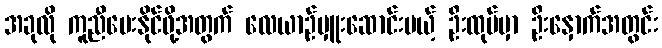
အခုလို ကူညီပေးနိုင်ဖို့အတွက် လေယာဉ်မှူးဆောင်းမယ့် ဦးထုပ်မှာ ဦးနှောက်အတွင်း